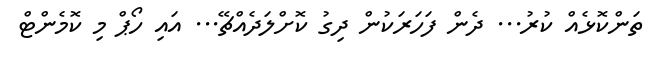
ތަންކޮޅެއް ކުރު... ދެން ފަހަރަކުން ދިގު ކޮށްލަދެއްޗޭ... އައި ހޯޕް މި ކޮމެންޓް